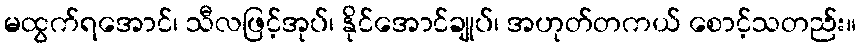
မထွက်ရအောင်၊ သီလဖြင့်အုပ်၊ နိုင်အောင်ချုပ်၊ အဟုတ်တကယ် စောင့်သတည်း။